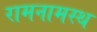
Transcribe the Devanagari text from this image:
रामनामस्थ